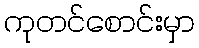
ကုတင်စောင်းမှာ